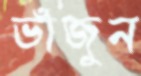
ভাঁজুন